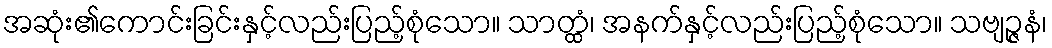
အဆုံး၏ကောင်းခြင်းနှင့်လည်းပြည့်စုံသော။ သာတ္ထံ၊ အနက်နှင့်လည်းပြည့်စုံသော။ သဗျဉ္ဇနံ၊